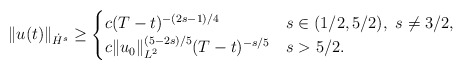
\begin{align*}\|u(t)\|_{\dot H^s}\ge\begin{cases}c(T-t)^{-(2s-1)/4}&s\in(1/2,5/2),\ s\neq 3/2,\\c\|u_0\|_{L^2}^{(5-2s)/5}(T-t)^{-s/5}&s>5/2.\end{cases}\end{align*}